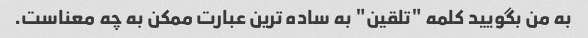
به من بگویید کلمه "تلقین" به ساده ترین عبارت ممکن به چه معناست.